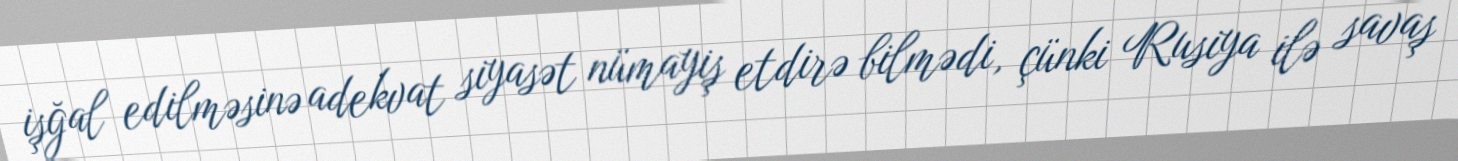
işğal edilməsinə adekvat siyasət nümayiş etdirə bilmədi, çünki Rusiya ilə savaş